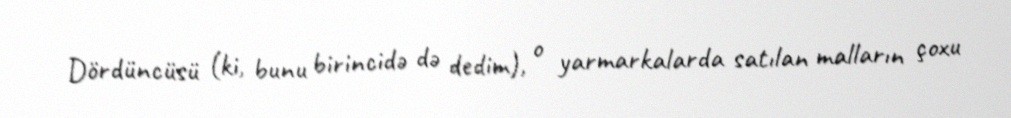
Dördüncüsü (ki, bunu birincidə də dedim), o yarmarkalarda satılan malların çoxu